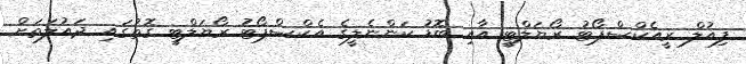
ފިއުލް ރީއެކްސްޕޯޓު ރޯޔަލްޓީ އާއި ބޮޑު ކަންނެލީގެ އެކްސްޕޯޓު ރޯޔަލްޓީ ގޮތުގައި ދައުލަތަށް